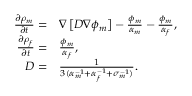
\begin{array} { r l } { \frac { \partial \rho _ { m } } { \partial t } = } & { { } \nabla \left[ D \nabla \phi _ { m } \right] - \frac { \phi _ { m } } { \alpha _ { m } } - \frac { \phi _ { m } } { \alpha _ { f } } , } \\ { \frac { \partial \rho _ { f } } { \partial t } = } & { { } \frac { \phi _ { m } } { \alpha _ { f } } , } \\ { D = } & { { } \frac { 1 } { 3 ( \alpha _ { m } ^ { - 1 } + \alpha _ { f } ^ { - 1 } + \sigma _ { m } ^ { - 1 } ) } . } \end{array}